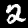
Digit: 2